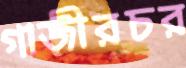
গাজীরচর